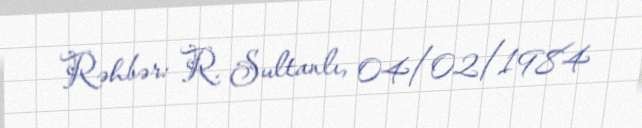
Rəhbər: R. Sultanlı, 04/02/1984